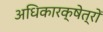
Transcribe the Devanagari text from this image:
अधिकारक्षेत्रों